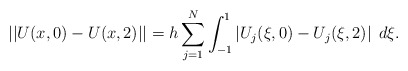
\begin{align*}||U(x,0)-U(x,2)|| = h\sum_{j=1}^N \int_{-1}^{1} \left| U_j(\xi,0) - U_j(\xi,2)\right|\; d\xi.\end{align*}